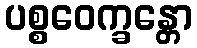
ပစ္စဝေက္ခန္တော